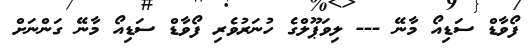
ފޯވާޑް ސަޑިއޯ މާނޭ --- ލިވަޕޫލްގެ ހުނަރުވެރި ފޯވާޑް ސަޑިއޯ މާނޭ ގަންނަށް